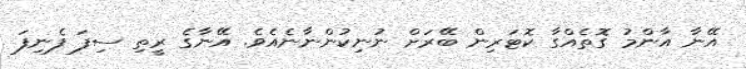
އޭނާ އާންމު ގޮތެއްގާ ކޮޓަރިން ބޭރަށް ނުނިކުންނާނެއެވެ. އޭނާގެ ރީތި ސިފަ ފެނިފަ